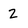
Character: 2